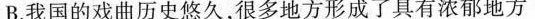
B.我国的戏曲历史悠久，很多地方形成了具有浓郁地方